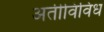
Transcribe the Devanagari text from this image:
अतीविविध